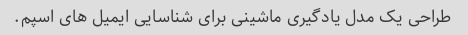
طراحی یک مدل یادگیری ماشینی برای شناسایی ایمیل های اسپم.